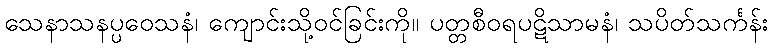
သေနာသနပ္ပဝေသနံ၊ ကျောင်းသို့ဝင်ခြင်းကို။ ပတ္တစီဝရပဋိသာမနံ၊ သပိတ်သင်္ကန်း